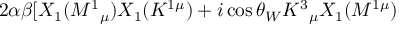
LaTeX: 2 \alpha \beta \lbrack X _ { 1 } ( M ^ { 1 } { } _ { \mu } ) X _ { 1 } ( K ^ { 1 \mu } ) + i \cos \theta _ { W } K ^ { 3 } { } _ { \mu } X _ { 1 } ( M ^ { 1 \mu } )